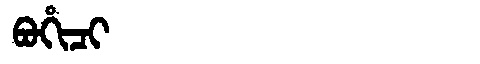
Manchu: ᠪᠣᡥᡳᠴᡳ
Romanization: BOHICI